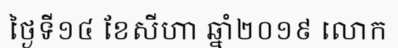
ថ្ងៃទី១៤ ខែសីហា ឆ្នាំ២០១៩ លោក